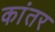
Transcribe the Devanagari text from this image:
कांतर